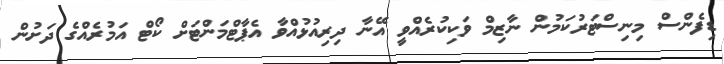
ޑިފެންސް މިނިސްޓަރުކަމުން ނާޒިމް ވަކިކުރެއްވީ އޭނާ ދިރިއުޅުއްވާ އެޕާޓްމަންޓަށް ކޯޓް އަމުރެއްގެ ދަށުން